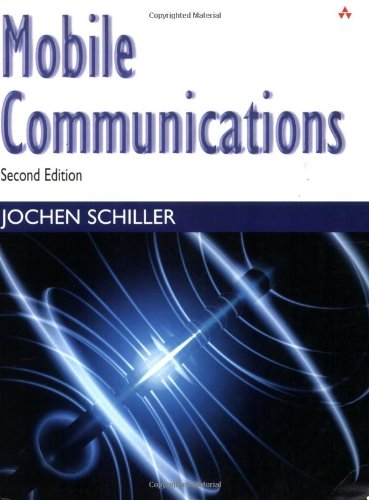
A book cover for Mobile Communications (2nd Edition); Jochen Schiller; Computers & Technology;